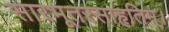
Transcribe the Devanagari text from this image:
सारभूतरसाहृतिम्।